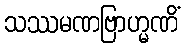
သဿမဏဗြာဟ္မဏိံ